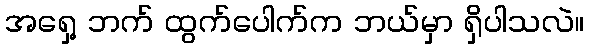
အရှေ့ ဘက် ထွက်ပေါက်က ဘယ်မှာ ရှိပါသလဲ။